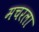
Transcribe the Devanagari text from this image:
मचरला